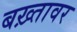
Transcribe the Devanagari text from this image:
बख़्तावर